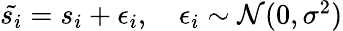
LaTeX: \begin{array}{r}{\tilde{s_{i}}=s_{i}+\epsilon_{i},\quad\epsilon_{i}\sim\mathcal{N}(0,\sigma^{2})}\end{array}